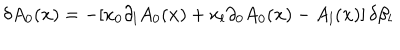
\delta A _ { 0 } ( { \bf x } ) = - [ x _ { 0 } \partial _ { l } A _ { 0 } ( { \bf x } ) + x _ { l } \partial _ { 0 } A _ { 0 } ( { \bf x } ) - A _ { l } ( { \bf x } ) ] \, \delta \beta _ { l }